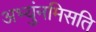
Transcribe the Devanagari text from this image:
अभ्युंनमिसति